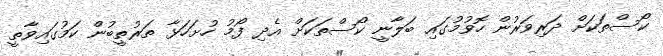
ކޯސްތަކަށް ދަރިވަރުން ހޮވުމުގައި ބަލާނީ ކޯސްތަކަށް އެދި ފޯމު ހުށަހަޅާ ތަރުތީބުން ކަމުގައިވާތީ